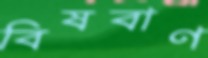
বিষবাণ